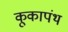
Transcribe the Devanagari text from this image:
कूकापंथ